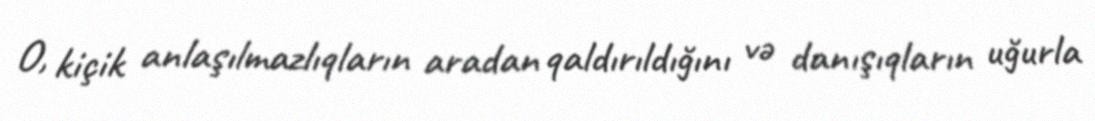
O, kiçik anlaşılmazlıqların aradan qaldırıldığını və danışıqların uğurla